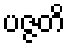
ပဇ္ဇတိ